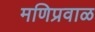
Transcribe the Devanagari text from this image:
मणिप्रवाळ